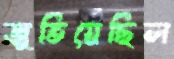
জুতিয়েছিল